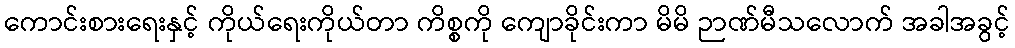
ကောင်းစားရေးနှင့် ကိုယ်ရေးကိုယ်တာ ကိစ္စကို ကျောခိုင်းကာ မိမိ ဉာဏ်မီသလောက် အခါအခွင့်